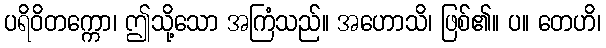
ပရိဝိတက္ကော၊ ဤသို့သော အကြံသည်။ အဟောသိ၊ ဖြစ်၏။ ပ။ တေဟိ၊